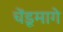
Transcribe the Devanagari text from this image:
चेंडूमागे